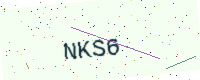
Text: NKS6